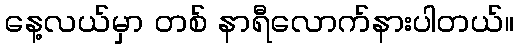
နေ့လယ်မှာ တစ် နာရီလောက်နားပါတယ်။